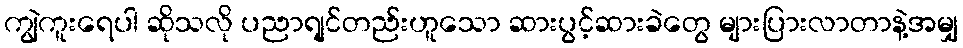
ကျွဲကူးရေပါ ဆိုသလို ပညာရျင်တည်းဟူသော ဆားပွင့်ဆားခဲတွေ များပြားလာတာနဲ့အမျှ